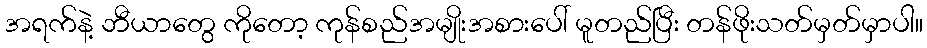
အရက်နဲ့ ဘီယာတွေ ကိုတော့ ကုန်စည်အမျိုးအစားပေါ် မူတည်ပြီး တန်ဖိုးသတ်မှတ်မှာပါ။